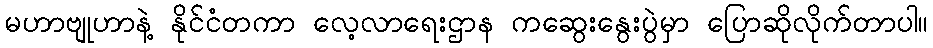
မဟာဗျုဟာနဲ့ နိုင်ငံတကာ လေ့လာရေးဌာန ကဆွေးနွေးပွဲမှာ ပြောဆိုလိုက်တာပါ။